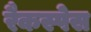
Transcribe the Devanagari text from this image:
रैकस्पेस